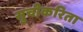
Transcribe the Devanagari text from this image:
सुचीकरिता